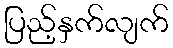
ပြည့်နှက်လျက်